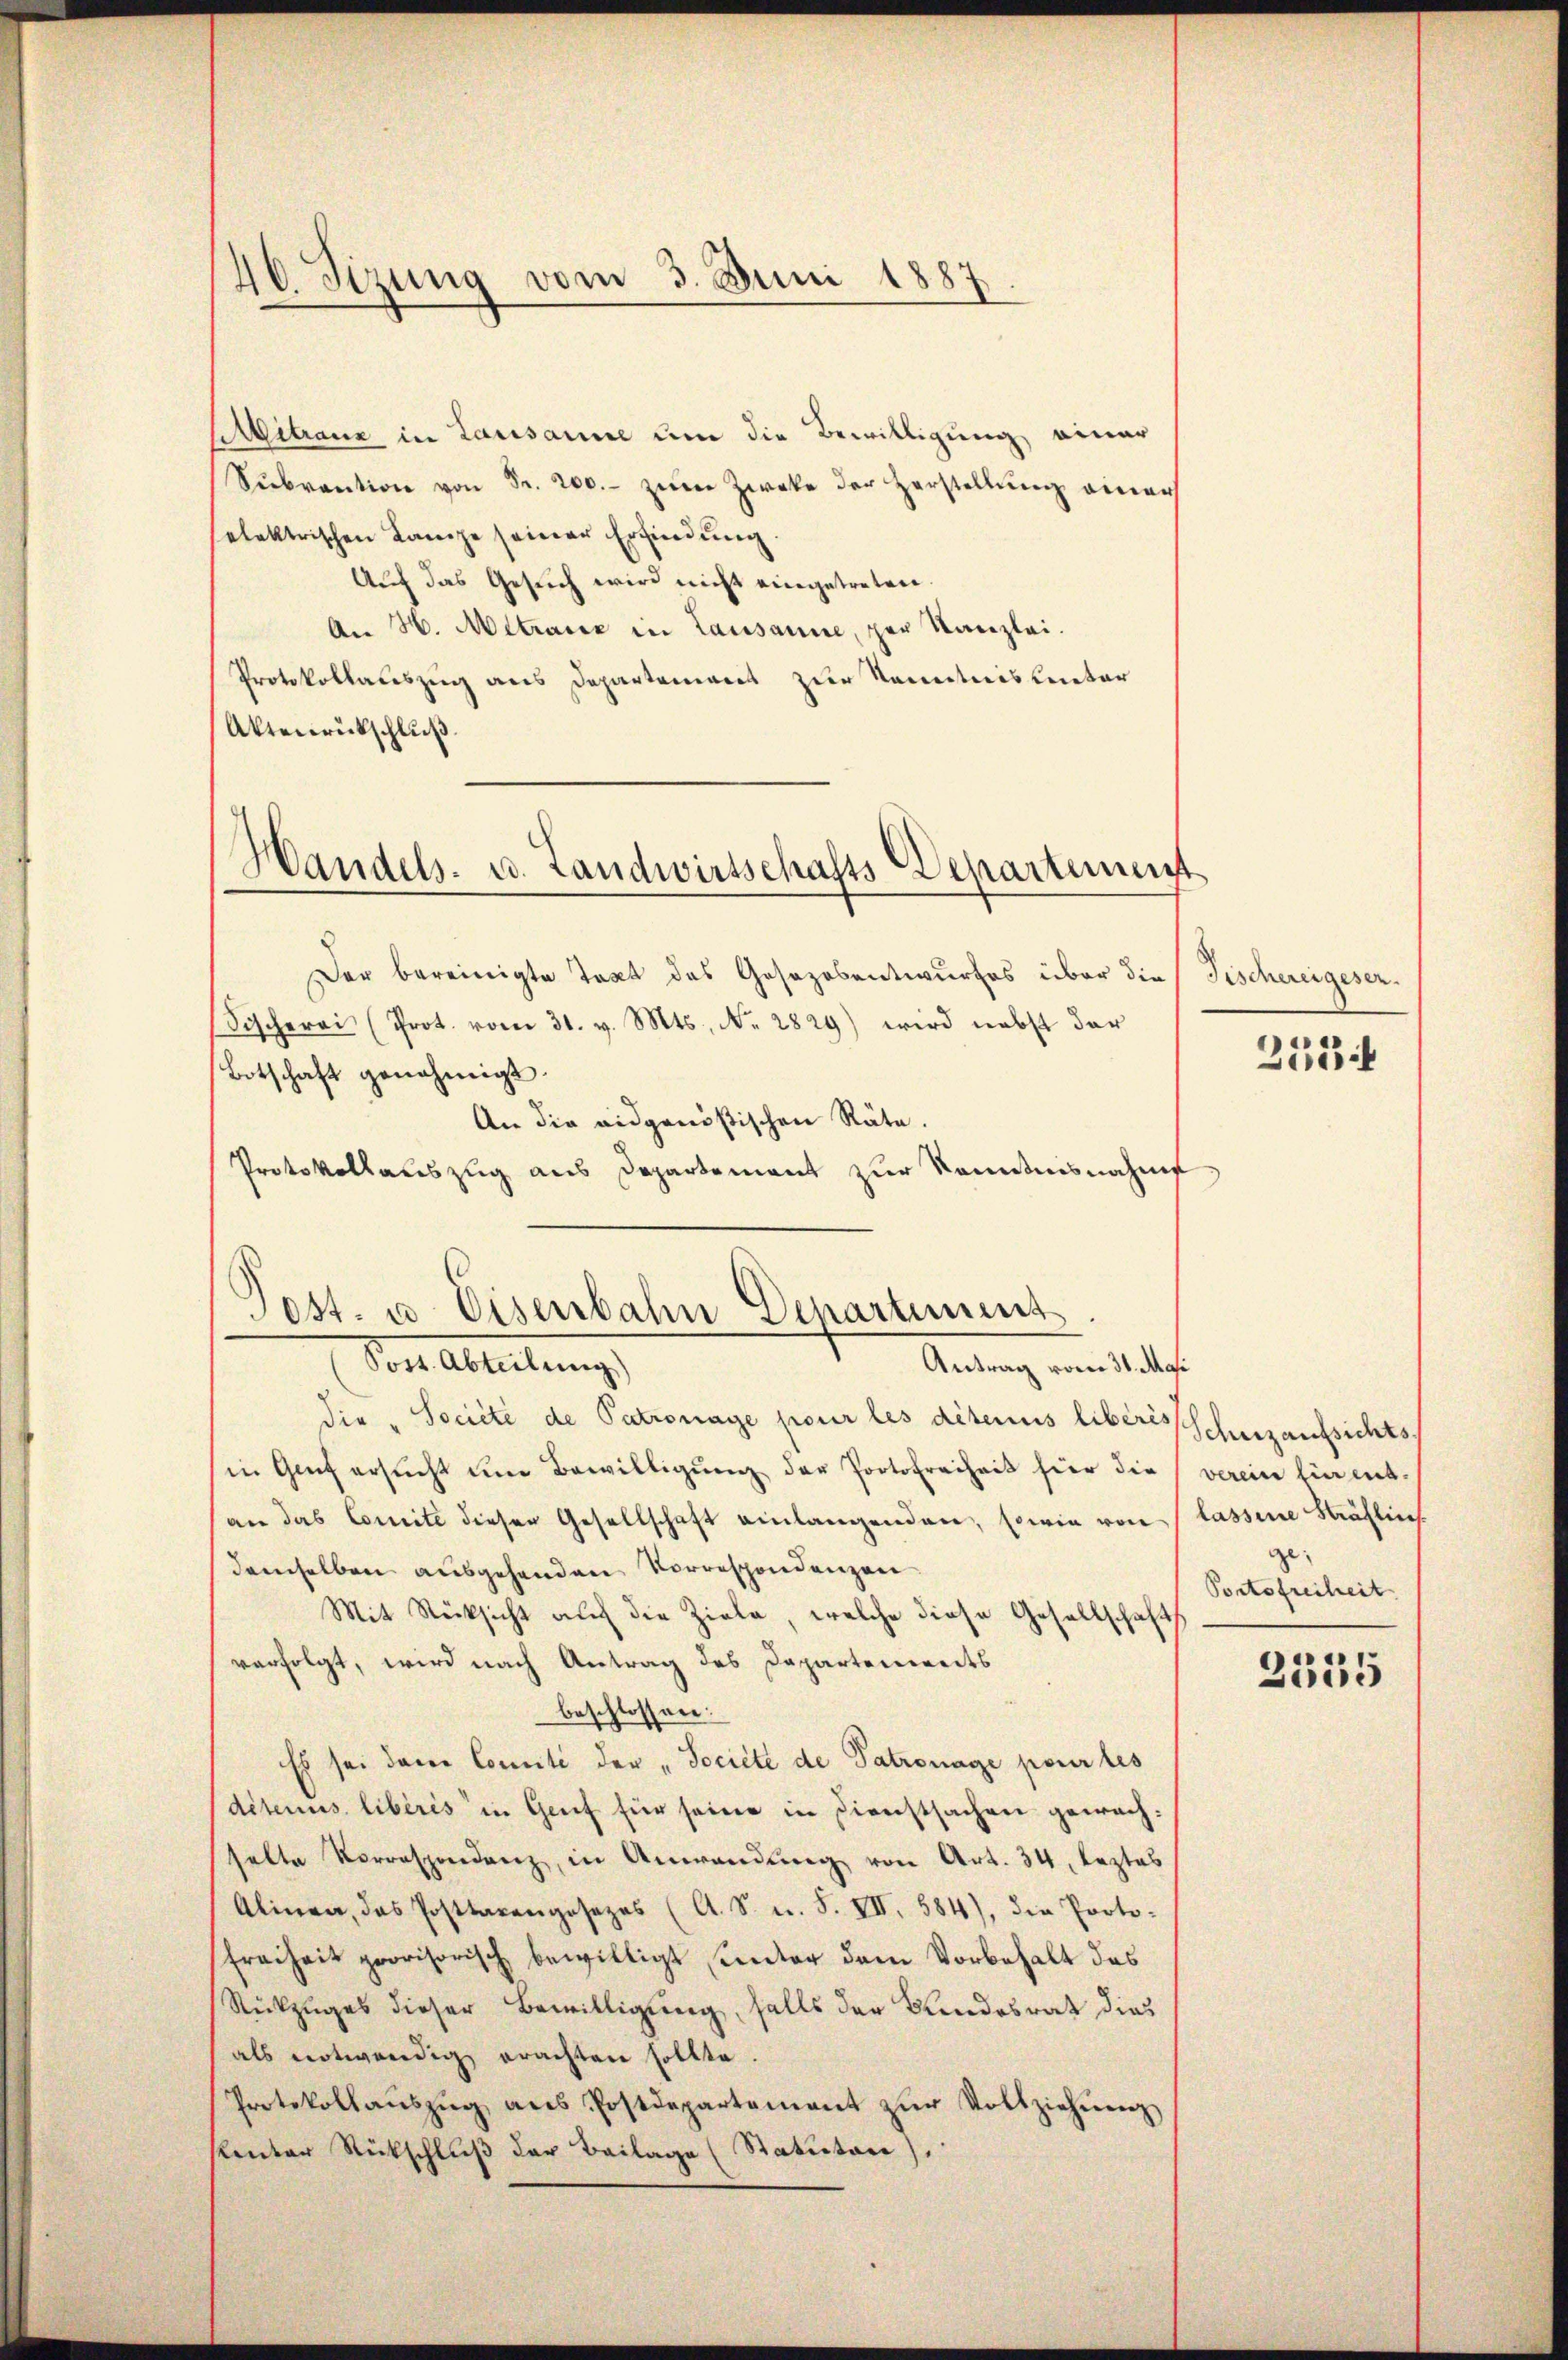
40. Sizung vom 3. Juni 1887.

Alitranz in Lausanne um die Bewilligung einer
Sŭbraŭtion von Fr. 200.- zum Zweke der Zerstellung einer
selektrischen Lampe seiner Erfindung.
Auf das Gesuch wird nicht eingetreten.
An H. Mitraue in Lausanne, zur Kanzlei.
Protokollauszug aus Departement zur Kenntnis unter
Aktenrückschluß

Handels- u. Landwirtschafts-Departement

Der bereinigte Text des Gesezesentwurfes über die Fischereigeser
Fischerei (Prot. vom 31. v. Mts., Nr. 2829) wird nebst der
Botschaft genehmigt.
An die eidgenößischen Räte.
Protokollauszug aus Departement zur Kenntnisnahm
die „Société de Patronage pour les détenus liberischutzaufsichts-
in Genf ersŭcht im Bewilligŭng der Portofreiheit hier die
an das Comite dieser Gesellschaft einlangenden, sowie von
demselben ausgehenden Vorrespondenzen
Mit Rücksicht auch die Ziele, welche diese Gesellschaft
verfolgt, wird nach Antrag des Departenwerts
beschlossen:
Es sei dem Comité der "Societe de Patronage pour les
ditenus libérés in Genf für seine in Dienstsachen gewachselte Vorrespondenz, in Anwendung von Art. 34, leztes
Alinen, das Posttarengesezes (A. S. n. F. VII. 584), die Proto-
Freiheit provisorisch bewilligt sonder dem Vorbehalt das
Rückzuges dieser Bewilligung, falls der Kindesrat dies
als notwendig erachten sollte
Protokollaŭszŭg ans Postdepartement zŭr Vollziehŭng
kentor Rückschluß der Beilage (Statutare)

Post. u. Eisenbahn Dechartement
Von Abteilung
Antrag vom 31. Masi

253

verein hin entlassene Sträflies
ge- |
Portofreiheit
2335